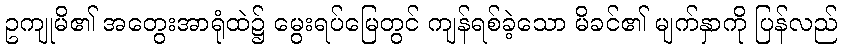
ဥကျုမိ၏ အတွေးအာရုံထဲ၌ မွေးရပ်မြေတွင် ကျန်ရစ်ခဲ့သော မိခင်၏ မျက်နှာကို ပြန်လည်